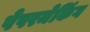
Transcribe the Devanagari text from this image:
पेपरमेकिंग